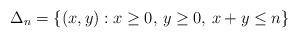
LaTeX: \begin{align*}\Delta_n = \{(x,y):x\geq 0,\,y\geq 0,\,x+y\leq n\}\end{align*}